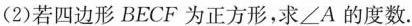
(2)若四边形BECF为正方形，求\angle A的度数.